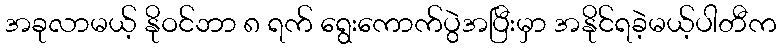
အခုလာမယ့် နိုဝင်ဘာ ၈ ရက် ရွေးကောက်ပွဲအပြီးမှာ အနိုင်ရခဲ့မယ့်ပါတီက